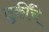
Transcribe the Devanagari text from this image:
तुर्कींचे